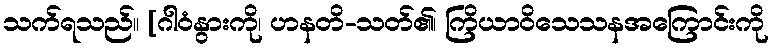
သက်ရသည်။ [ဂါဝံနွားကို၊ ဟနတိ-သတ်၏၊ ကြိယာဝိသေသနအကြောင်းကို